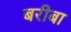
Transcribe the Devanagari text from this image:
बरीबा